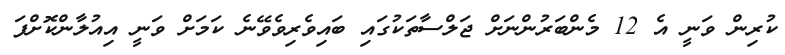
ކުރިން ވަނީ އެ 12 މެންބަރުންނަށް ޖަލްސާތަކުގައި ބައިވެރިވެވޭނެ ކަމަށް ވަނީ އިއުލާންކޮށްފަ